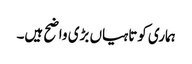
ہماری کوتاہیاں بڑی واضح ہیں۔